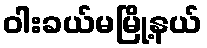
ဝါးခယ်မမြို့နယ်